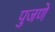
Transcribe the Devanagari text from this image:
पुजणे